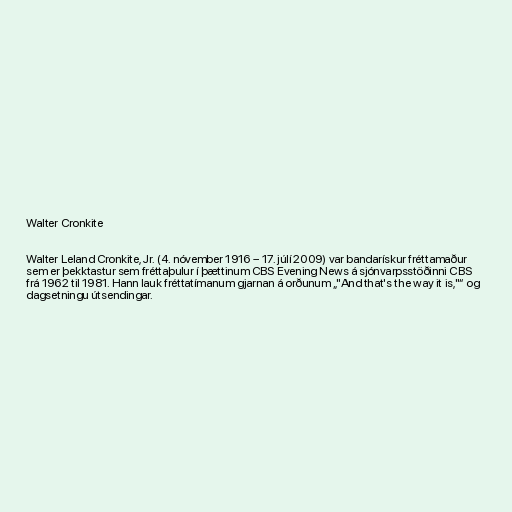
Walter Cronkite

Walter Leland Cronkite, Jr. (4. nóvember 1916 – 17. júlí 2009) var bandarískur fréttamaður
sem er þekktastur sem fréttaþulur í þættinum CBS Evening News á sjónvarpsstöðinni CBS
frá 1962 til 1981. Hann lauk fréttatímanum gjarnan á orðunum „"And that's the way it is,"“ og
dagsetningu útsendingar.